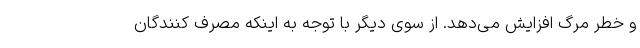
و خطر مرگ افزایش می‌دهد. از سوی دیگر با توجه به اینکه مصرف کنندگان